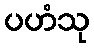
ပဟံသု